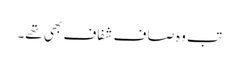
تب وہ صاف شفاف بھی تھے۔